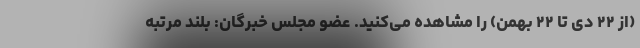
(از ۲۲ دی تا ۲۲ بهمن) را مشاهده می‌کنید. عضو مجلس خبرگان: بلند مرتبه